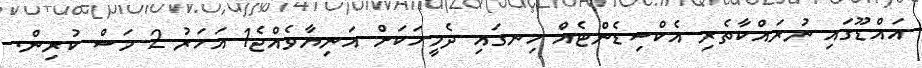
އައްޑޫގައި ނުރައްކާތެރި އެކްސިޑެންޓެއް ހިނގައި ދެމީހަކަށް އަނިޔާވެއްޖެ1 އަހަރު 2 މަސް ކުރިން.